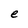
Character: e